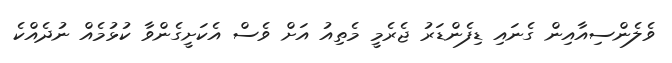
ވެލެންސިއާއިން ގެނައި ޑިފެންޑަރު ޖެރެމީ މެތިއު އަށް ވެސް އެކަށީގެންވާ ކުޅުމެއް ނުދެއްކެ